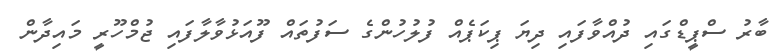
ބާރު ސްޕީޑްގައި ދުއްވާފައި ދިޔަ ޕިކަޕެއް ފުލުހުންގެ ސަފުތައް ފޫއަޅުވާލާފައި ޖުމްހޫރީ މައިދާން